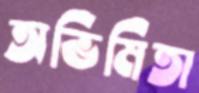
অভিমিতা